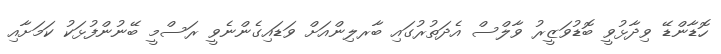
ހޮޑާންޑޭ ވިދާޅުވީ ބޮޑުވަޒީރު ވާލްސް އެދަތުރުގައި ބާރލިންއަށް ވަޑައިގެންނެވީ ރަސްމީ ބޭނުންފުޅަކު ކަމަށާއި